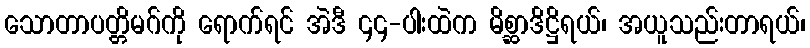
သောတာပတ္တိမဂ်ကို ရောက်ရင် အဲဒီ ၄၄-ပါးထဲက မိစ္ဆာဒိဋ္ဌိရယ်၊ အယူသည်းတာရယ်၊